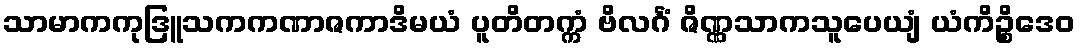
သာမာကကုဒြူသကကဏာဇကာဒိမယံ ပူတိတက္ကံ ဗိလင်္ဂံ ဇိဏ္ဏသာကသူပေယျံ ယံကိဉ္စိဒေဝ